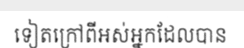
ទៀតក្រៅពីអស់អ្នកដែលបាន